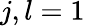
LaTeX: j,l=1